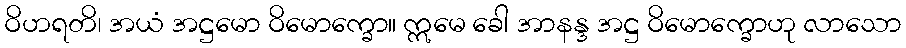
ဝိဟရတိ၊ အယံ အဋ္ဌမော ဝိမောက္ခော။ ဣမေ ခေါ အာနန္ဒ အဋ္ဌ ဝိမောက္ခောဟု လာသော